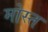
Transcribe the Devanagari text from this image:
मोस्त